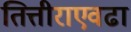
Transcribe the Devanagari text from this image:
तित्तीराएवढा